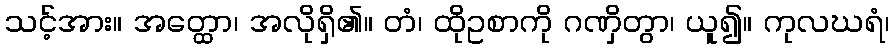
သင့်အား။ အတ္ထော၊ အလိုရှိ၏။ တံ၊ ထိုဥစာကို ဂဏှိတွာ၊ ယူ၍။ ကုလဃရံ၊